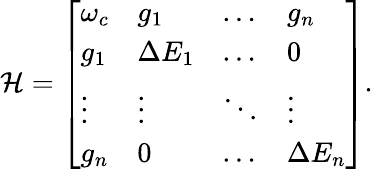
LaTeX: \begin{array}{r}{\mathcal{H}=\left[\begin{array}{llll}{\omega_{c}}&{g_{1}}&{\dots}&{g_{n}}\\ {g_{1}}&{\Delta E_{1}}&{\dots}&{0}\\ {\vdots}&{\vdots}&{\ddots}&{\vdots}\\ {g_{n}}&{0}&{\dots}&{\Delta E_{n}}\end{array}\right].}\end{array}